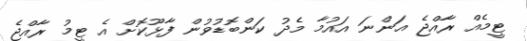
ޓީމެއް ރާއްޖެ އަންނަ އައުމާ މެދު ކަންބޮޑުވުން ފާޅޫކޮށް އެ ޓީމު ރާއްޖެ